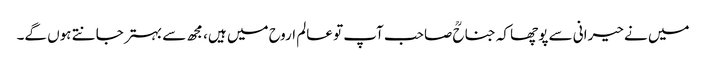
میں نے حیرانی سے پوچھا کہ جناحؒ صاحب آپ تو عالم اروح میں ہیں، مجھ سے بہتر جانتے ہوں گے۔